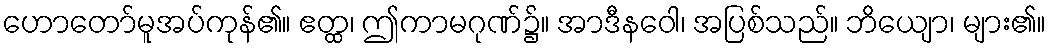
ဟောတော်မူအပ်ကုန်၏။ ဧတ္ထ၊ ဤကာမဂုဏ်၌။ အာဒီနဝေါ၊ အပြစ်သည်။ ဘိယျော၊ များ၏။